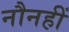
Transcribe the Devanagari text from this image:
नौनहीं